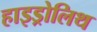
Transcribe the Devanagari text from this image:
हाइड्रोलिथ